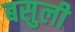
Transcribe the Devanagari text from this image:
बसुली